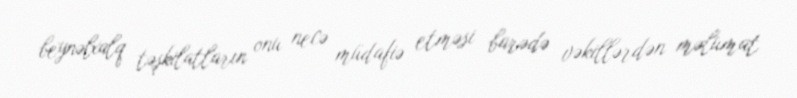
beynəlxalq təşkilatların onu necə müdafiə etməsi barədə vəkillərdən məlumat